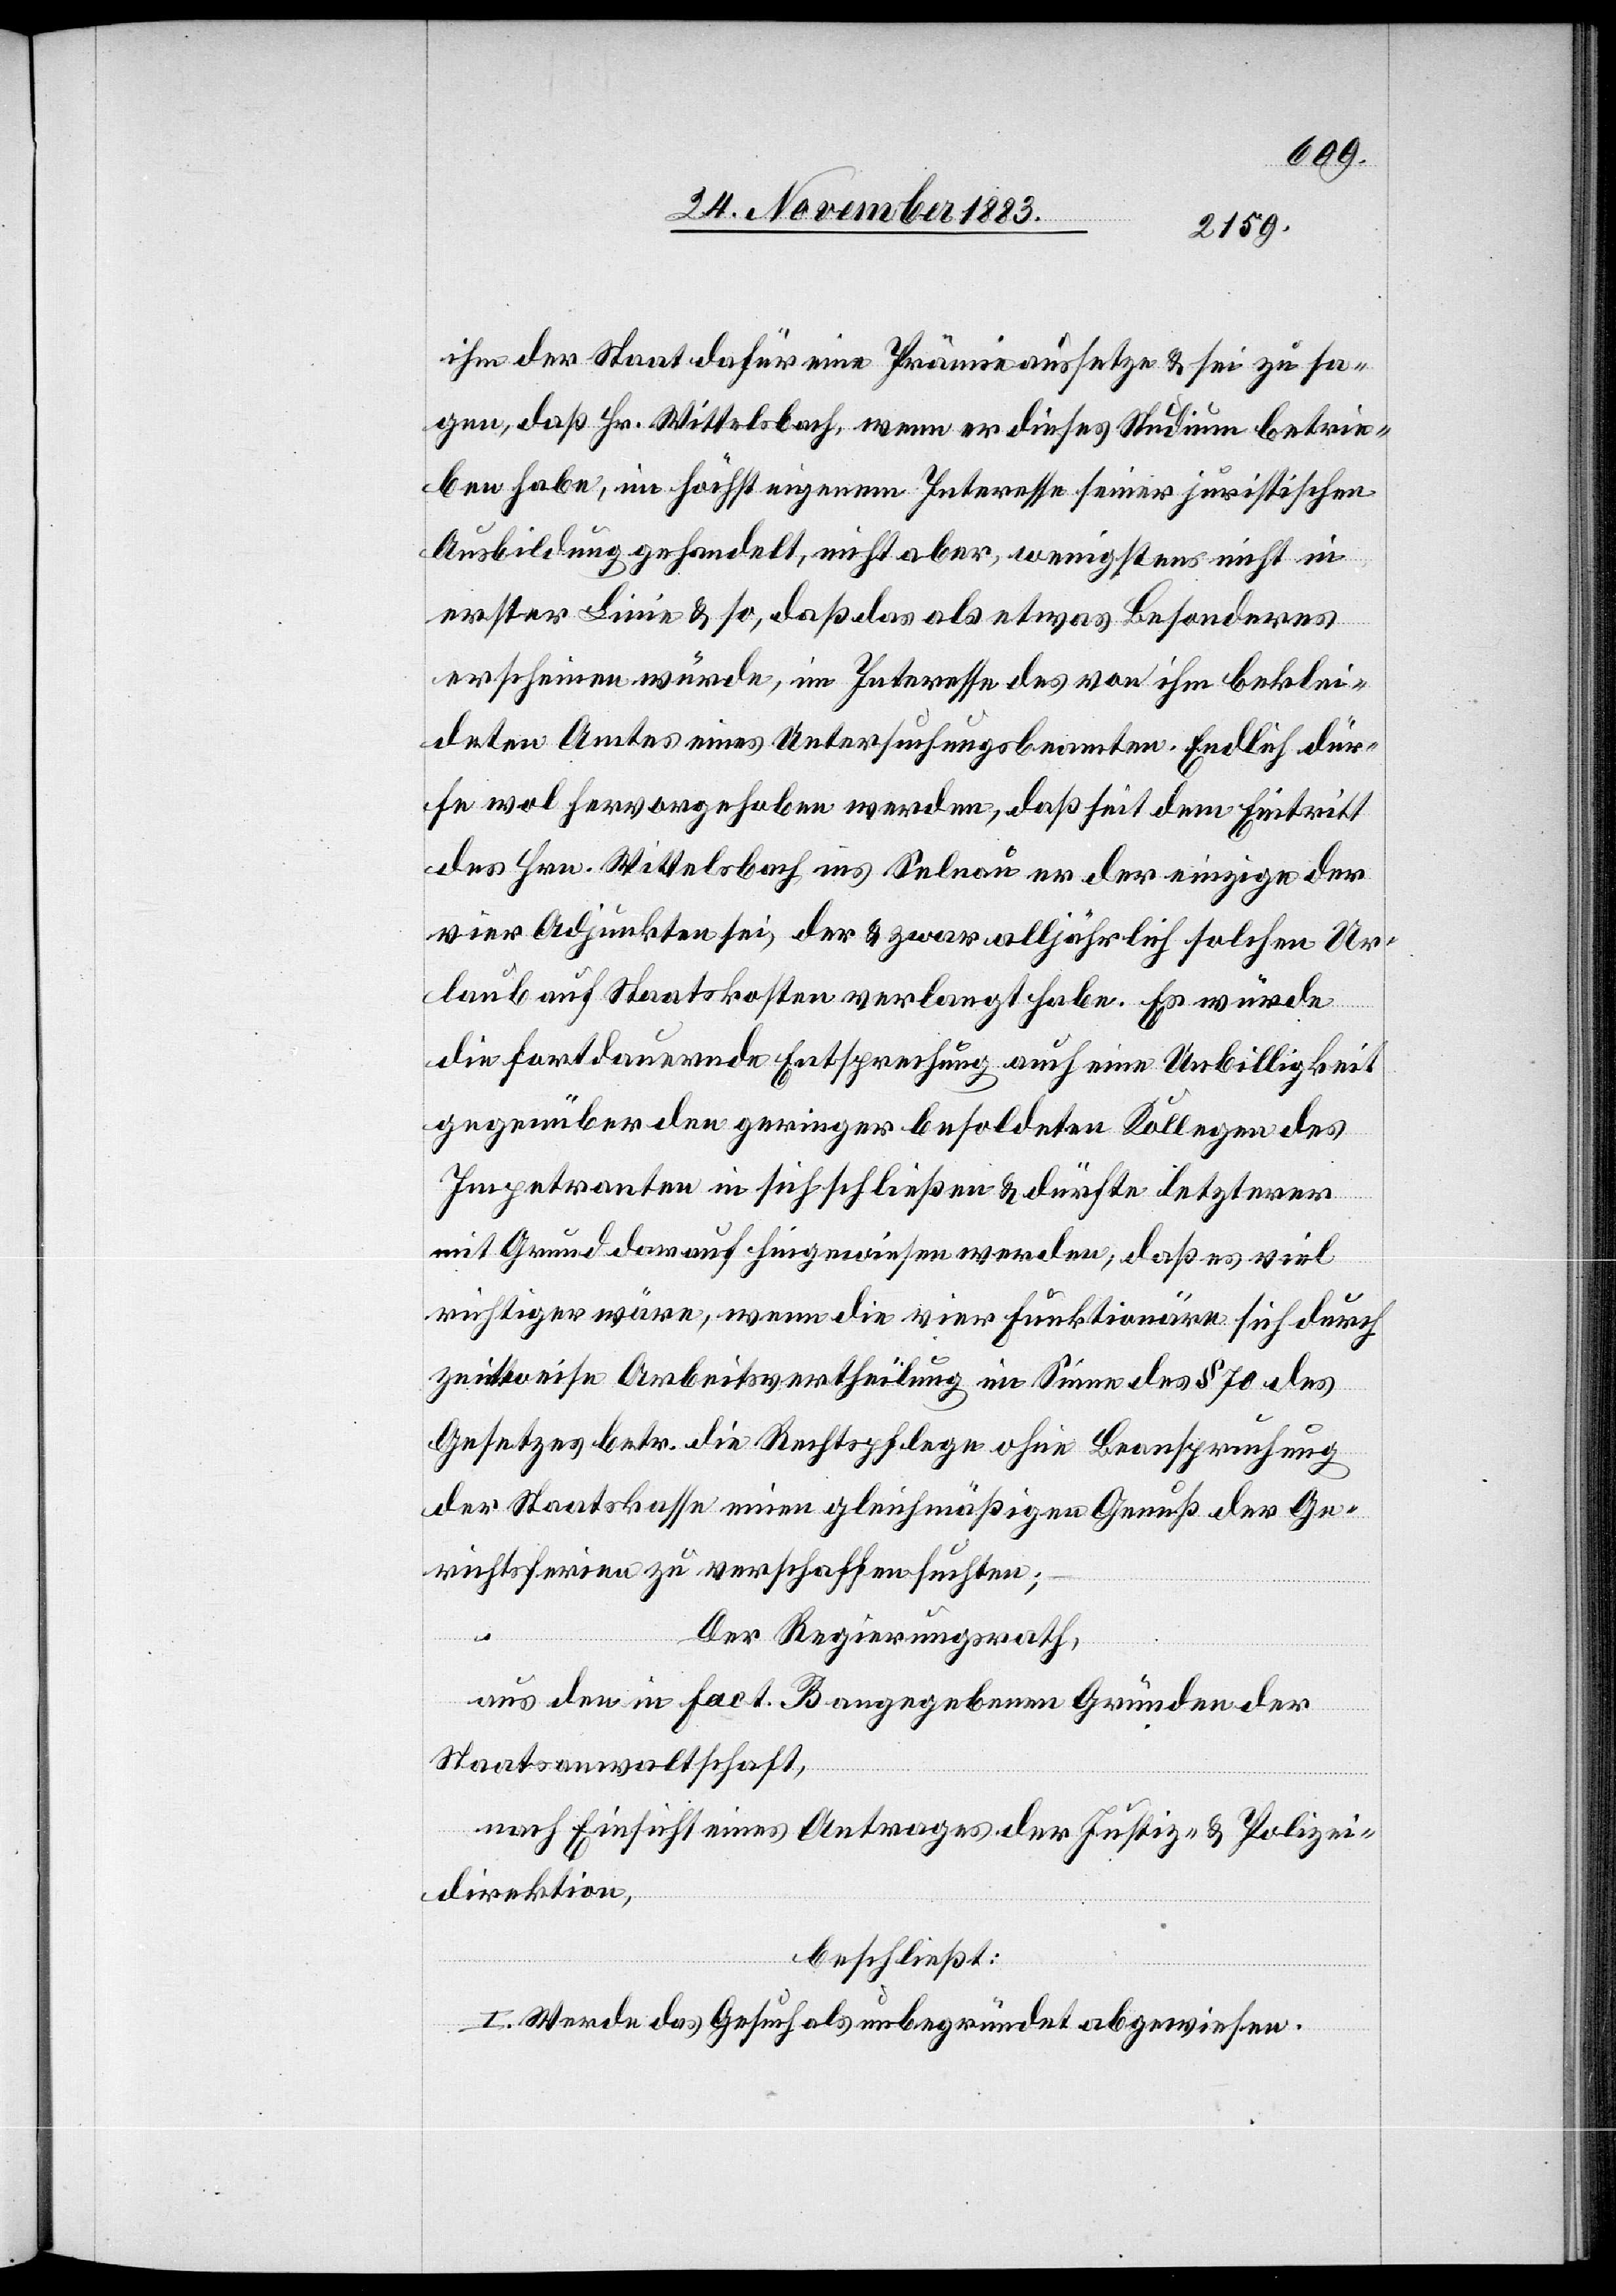
ihm der Staat dafür eine Prämie aussetze & sei zu sa¬
gen, daß Hr. Wittelsbach, wenn er dieses Studium betrie¬
ben habe, im höchst eigenen Interesse seiner juristischen
Ausbildung gehandelt, nicht aber, wenigstens nicht in
erster Linie & so, daß das als etwas Besonderes
erscheinen würde, im Interesse des von ihm beklei¬
deten Amts eines Untersuchungsbeamten. Endlich dür¬
fe wol hervorgehoben werden, daß seit dem Eintritt
des Hrn. Wittelsbach ins Selnau er der einzige der
vier Adjunkten sei, der & zwar alljährlich solchen Ur¬
laub auf Staatskosten verlangt habe. Es würde
die fortdauernde Entsprechung auch eine Unbilligkeit
gegenüber den geringer besoldeten Kollegen des
Impetranten in sich schließen & dürfte letzterer
mit Grund darauf hingewiesen werden, daß es viel
richtiger wäre, wenn die vier Funktionäre sich durch
zeitweise Arbeitsvertheilung im Sinne des § 70 des
Gesetzes betr. die Rechtspflege ohne Beanspruchung
der Staatskasse einen gleichmäßigen Genuß der Ge¬
richtsferien zu verschaffen suchten;
Der Regierungsrath,
aus den in Fact. B angegebenen Gründen der
Staatsanwaltschaft,
nach Einsicht eines Antrages der Justiz- & Polizei¬
direktion,
beschließt:
I. Werde das Gesuch als unbegründet abgewiesen.